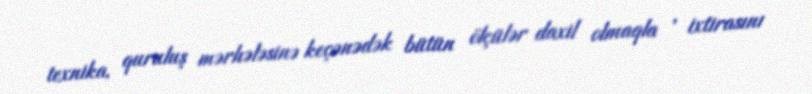
texnika, quruluş mərhələsinə keçənədək bütün ölçülər daxil olmaqla , ixtirasını